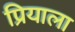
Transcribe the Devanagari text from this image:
प्रियाला